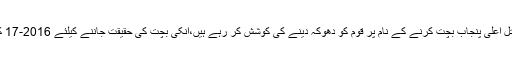
ڈاکٹر طاہر القادری نے کہا کہ آج کل قاتل اعلیٰ پنجاب بچت کرنے کے نام پر قوم کو دھوکہ دینے کی کوشش کر رہے ہیں،انکی بچت کی حقیقت جاننے کیلئے 2016-17 کی بجٹ دستاویزات کا مطالعہ کافی ہے۔